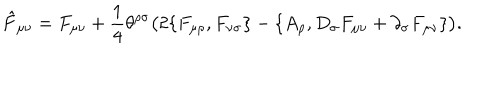
\hat { F } _ { \mu \nu } = F _ { \mu \nu } + { \frac { 1 } { 4 } } \theta ^ { \rho \sigma } \big ( 2 \{ F _ { \mu \rho } , F _ { \nu \sigma } \} - \{ A _ { \rho } , D _ { \sigma } F _ { \mu \nu } + \partial _ { \sigma } F _ { \mu \nu } \} \big ) .